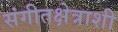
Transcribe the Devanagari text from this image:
संगीतक्षेत्राशी